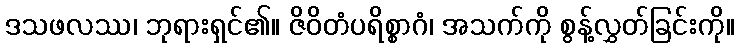
ဒသဖလဿ၊ ဘုရားရှင်၏။ ဇိဝိတံပရိစ္စာဂံ၊ အသက်ကို စွန့်လွှတ်ခြင်းကို။